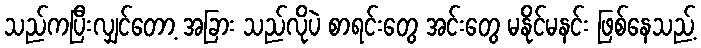
သည်ကပြီးလျှင်တော့ အခြား သည်လိုပဲ စာရင်းတွေ အင်းတွေ မနိုင်မနင်း ဖြစ်နေသည့်